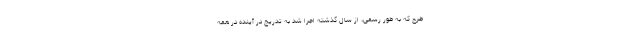
طرح که به طور رسمی، از سال گذشته اجرا شد به تدریج در آینده در همه